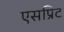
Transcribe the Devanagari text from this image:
एसप्रिट